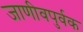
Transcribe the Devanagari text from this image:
जाणीवपुर्वक